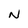
Character: N